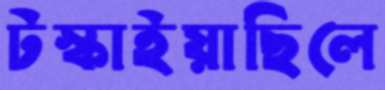
টস্‌কাইয়াছিলে